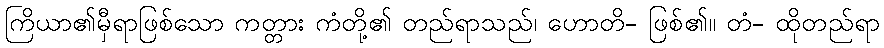
ကြိယာ၏မှီရာဖြစ်သော ကတ္တား ကံတို့၏ တည်ရာသည်၊ ဟောတိ- ဖြစ်၏။ တံ- ထိုတည်ရာ